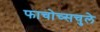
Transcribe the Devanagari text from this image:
फाचोच्सचुले